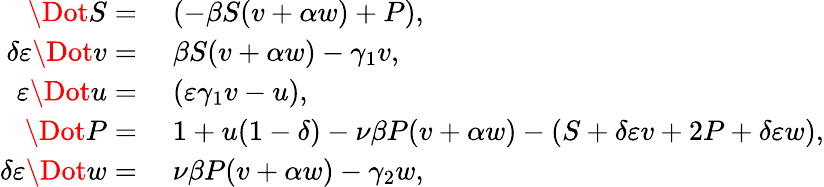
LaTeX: \begin{array}{rl}{\Dot{S}=}&{\; \left(-\beta S(v+\alpha w)+P\right),}\\ {\delta\varepsilon\Dot{v}=}&{\; \beta S(v+\alpha w)-\gamma_{1}v,}\\ {\varepsilon\Dot{u}=}&{\; (\varepsilon\gamma_{1}v-u),}\\ {\Dot{P}=}&{\; 1+u(1-\delta)-\nu\beta P(v+\alpha w)-(S+\delta\varepsilon v+2P+\delta\varepsilon w),}\\ {\delta\varepsilon\Dot{w}=}&{\; \nu\beta P(v+\alpha w)-\gamma_{2}w,}\end{array}